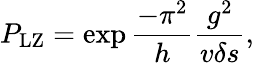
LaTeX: P_{\mathrm{LZ}}=\exp{{\frac{-\pi^{2}}{h}\frac{g^{2}}{v\delta s}}},